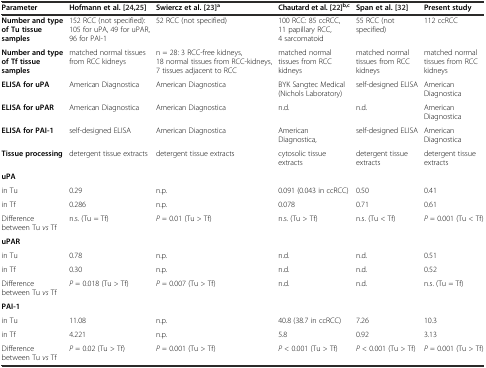
<table><thead><tr><td><b>Parameter</b></td><td><b>Hofmann et al. [24],[25]</b></td><td><b>Swiercz et al. [23]<sup>a</sup></b></td><td><b>Chautard et al. [22]<sup>b,c</sup></b></td><td><b>Span et al. [32]</b></td><td><b>Present study</b></td></tr></thead><tbody><tr><td><b>Number and type of Tu tissue samples</b></td><td>152 RCC (not specified): 105 for uPA, 49 for uPAR, 96 for PAI-1</td><td>52 RCC (not specified)</td><td>100 RCC: 85 ccRCC, 11 papillary RCC, 4 sarcomatoid</td><td>55 RCC (not specified)</td><td>112 ccRCC</td></tr><tr><td><b>Number and type of Tf tissue samples</b></td><td>matched normal tissues from RCC kidneys</td><td>n = 28: 3 RCC-free kidneys, 18 normal tissues from RCC-kidneys, 7 tissues adjacent to RCC</td><td>matched normal tissues from RCC kidneys</td><td>matched normal tissues from RCC kidneys</td><td>matched normal tissues from RCC kidneys</td></tr><tr><td><b>ELISA for uPA</b></td><td>American Diagnostica</td><td>American Diagnostica</td><td>BYK Sangtec Medical (Nichols Laboratory)</td><td>self-designed ELISA</td><td>American Diagnostica</td></tr><tr><td><b>ELISA for uPAR</b></td><td>American Diagnostica</td><td>American Diagnostica</td><td>n.d.</td><td>n.d.</td><td>American Diagnostica</td></tr><tr><td><b>ELISA for PAI-1</b></td><td>self-designed ELISA</td><td>American Diagnostica</td><td>American Diagnostica,</td><td>self-designed ELISA</td><td>American Diagnostica</td></tr><tr><td><b>Tissue processing</b></td><td>detergent tissue extracts</td><td>detergent tissue extracts</td><td>cytosolic tissue extracts</td><td>detergent tissue extracts</td><td>detergent tissue extracts</td></tr><tr><td><b>uPA</b></td><td></td><td></td><td></td><td></td><td></td></tr><tr><td>in Tu</td><td>0.29</td><td>n.p.</td><td>0.091 (0.043 in ccRCC)</td><td>0.50</td><td>0.41</td></tr><tr><td>in Tf</td><td>0.286</td><td>n.p.</td><td>0.078</td><td>0.71</td><td>0.61</td></tr><tr><td>Difference between Tu <i>vs</i> Tf</td><td>n.s. (Tu = Tf)</td><td><i>P</i> = 0.01 (Tu &gt; Tf)</td><td>n.s. (Tu &gt; Tf)</td><td>n.s. (Tu &lt; Tf)</td><td><i>P</i> = 0.001 (Tu &lt; Tf)</td></tr><tr><td><b>uPAR</b></td><td></td><td></td><td></td><td></td><td></td></tr><tr><td>in Tu</td><td>0.78</td><td>n.p.</td><td>n.d.</td><td>n.d.</td><td>0.51</td></tr><tr><td>in Tf</td><td>0.30</td><td>n.p.</td><td>n.d.</td><td>n.d.</td><td>0.52</td></tr><tr><td>Difference between Tu <i>vs</i> Tf</td><td><i>P</i> = 0.018 (Tu &gt; Tf)</td><td><i>P</i> = 0.007 (Tu &gt; Tf)</td><td>n.d.</td><td>n.d.</td><td>n.s. (Tu = Tf)</td></tr><tr><td><b>PAI-1</b></td><td></td><td></td><td></td><td></td><td></td></tr><tr><td>in Tu</td><td>11.08</td><td>n.p.</td><td>40.8 (38.7 in ccRCC)</td><td>7.26</td><td>10.3</td></tr><tr><td>in Tf</td><td>4.221</td><td>n.p.</td><td>5.8</td><td>0.92</td><td>3.13</td></tr><tr><td>Difference between Tu <i>vs</i> Tf</td><td><i>P</i> = 0.02 (Tu &gt; Tf)</td><td><i>P</i> = 0.001 (Tu &gt; Tf)</td><td><i>P</i> &lt; 0.001 (Tu &gt; Tf)</td><td><i>P</i> &lt; 0.001 (Tu &gt; Tf)</td><td><i>P</i> = 0.001 (Tu &gt; Tf)</td></tr></tbody></table>